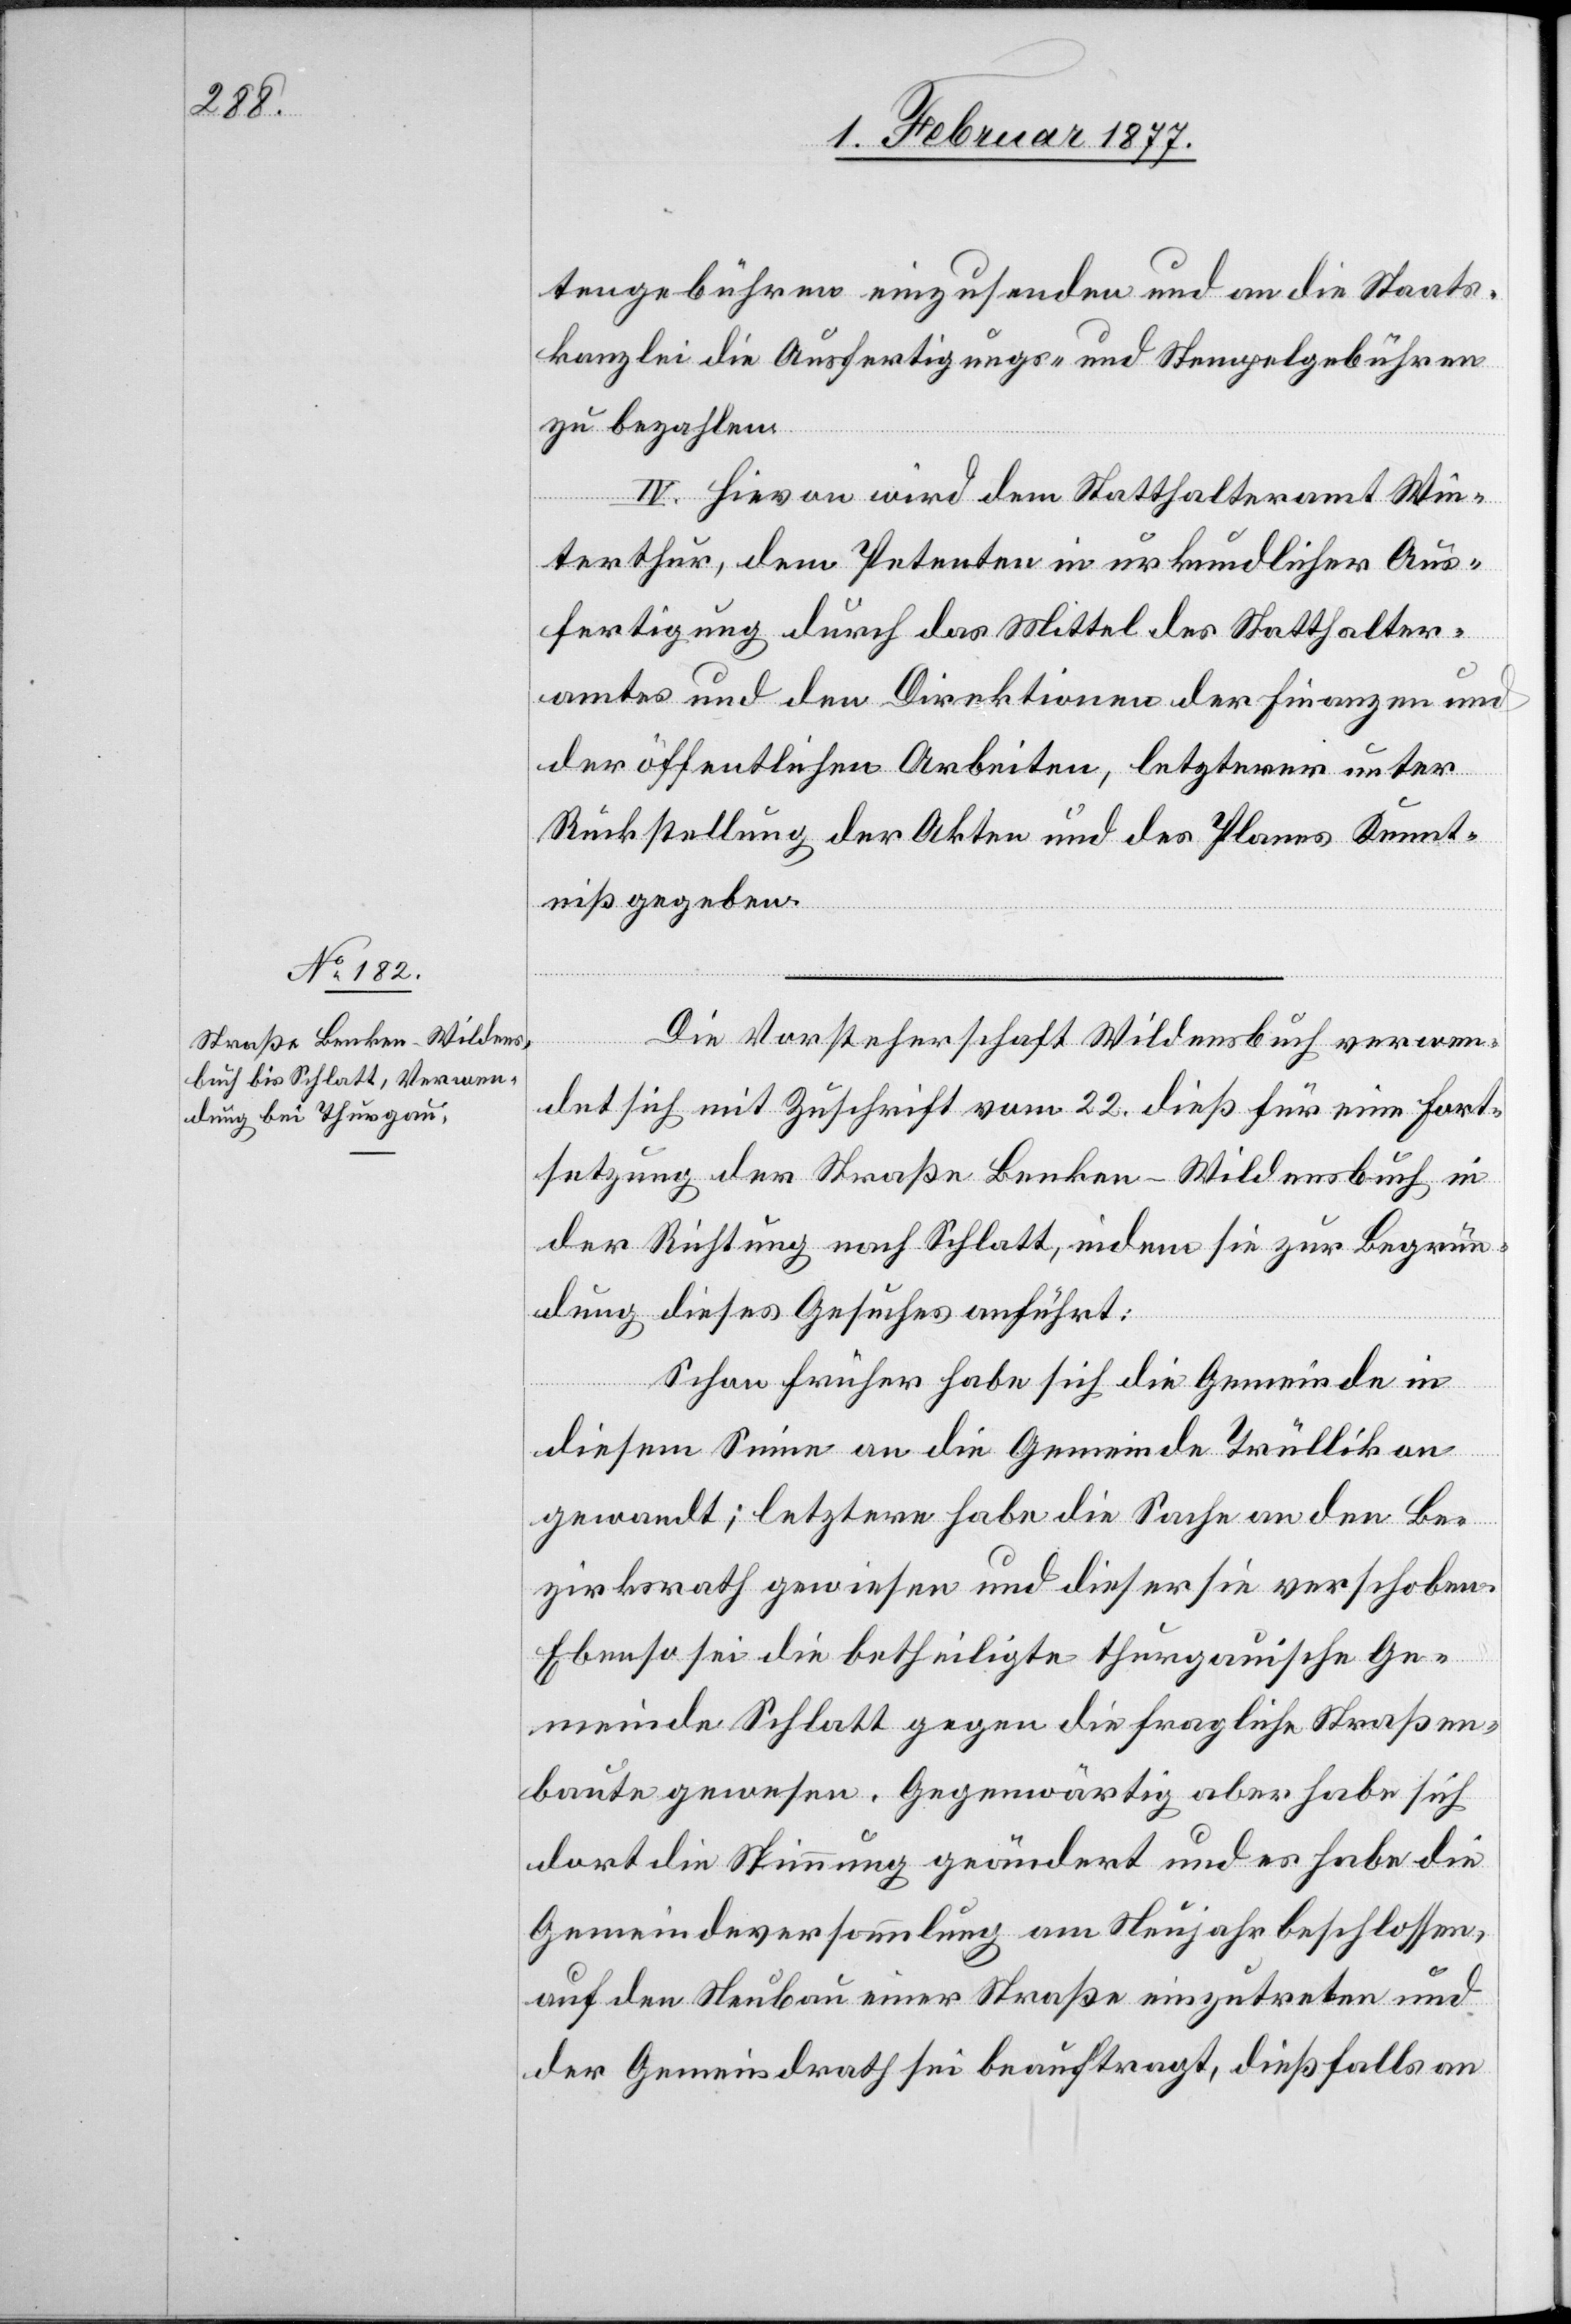
tengebühren einzusenden und an die Staats¬
kanzlei die Ausfertigungs- und Stempelgebühren
zu bezahlen.
IV. Hievon wird dem Statthalteramt Win¬
terthur, dem Petenten in urkundlicher Aus¬
fertigung durch das Mittel des Statthalter¬
amtes und den Direktionen der Finanzen un¬
d öffentlichen Arbeiten, letzterer unter
Rückstellung der Akten und des Planes Kennt¬
niß gegeben.
Die Vorsteherschaft Wildensbuch verwen¬
det sich mit Zuschrift vom 22. dieß für eine Fort¬
setzung der Straße Benken–Wildensbuch in
der Richtung nach Schlatt, indem sie zur Begrün¬
dung dieses Gesuches anführt:
Schon früher habe sich die Gemeinde in
diesem Sinne an die Gemeinde Trüllikon
gewandt; letztere habe die Sache an den Be¬
zirksrath gewiesen und dieser sie verschoben.
Ebenso sei die betheiligte thurgauische Ge¬
meinde Schlatt gegen die fragliche Straßen¬
baute gewesen. Gegenwärtig aber habe sich
dort die Stimmung geändert und es habe die
Gemeindeversammlung am Neujahr beschlossen,
auf den Neubau einer Straße einzutreten und
der Gemeindrath sei beauftragt, dießfalls an